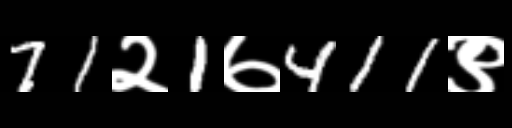
Text: 71२1७411९